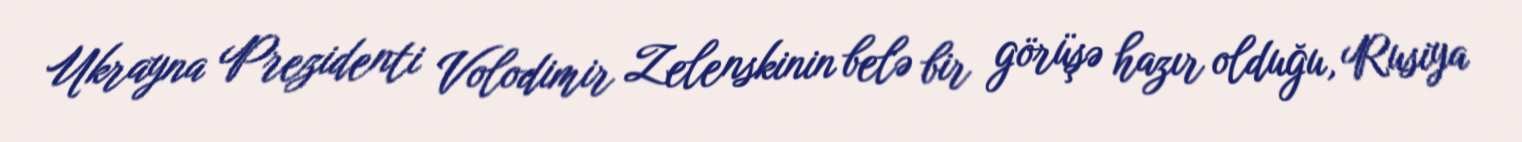
Ukrayna Prezidenti Volodimir Zelenskinin belə bir görüşə hazır olduğu, Rusiya